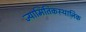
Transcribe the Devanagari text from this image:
ज्यामितिकस्थानिक